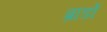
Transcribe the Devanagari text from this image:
ब्राडों